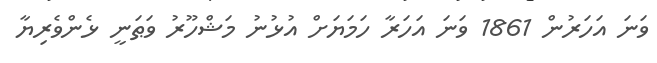
ވަނަ އަހަރުން 1861 ވަނަ އަހަރާ ހަމަޔަށް އުޅުނު މަޝްހޫރު ވަޠަނީ ޅެންވެރިޔާ